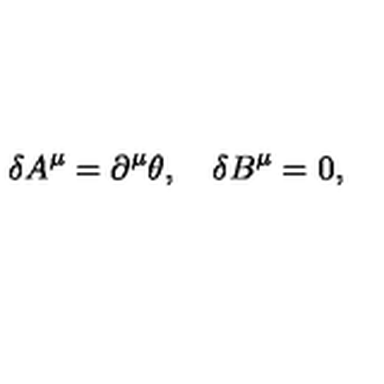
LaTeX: \delta A ^ { \mu } = \partial ^ { \mu } \theta , \quad \delta B ^ { \mu } = 0 ,